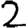
Digit: 2